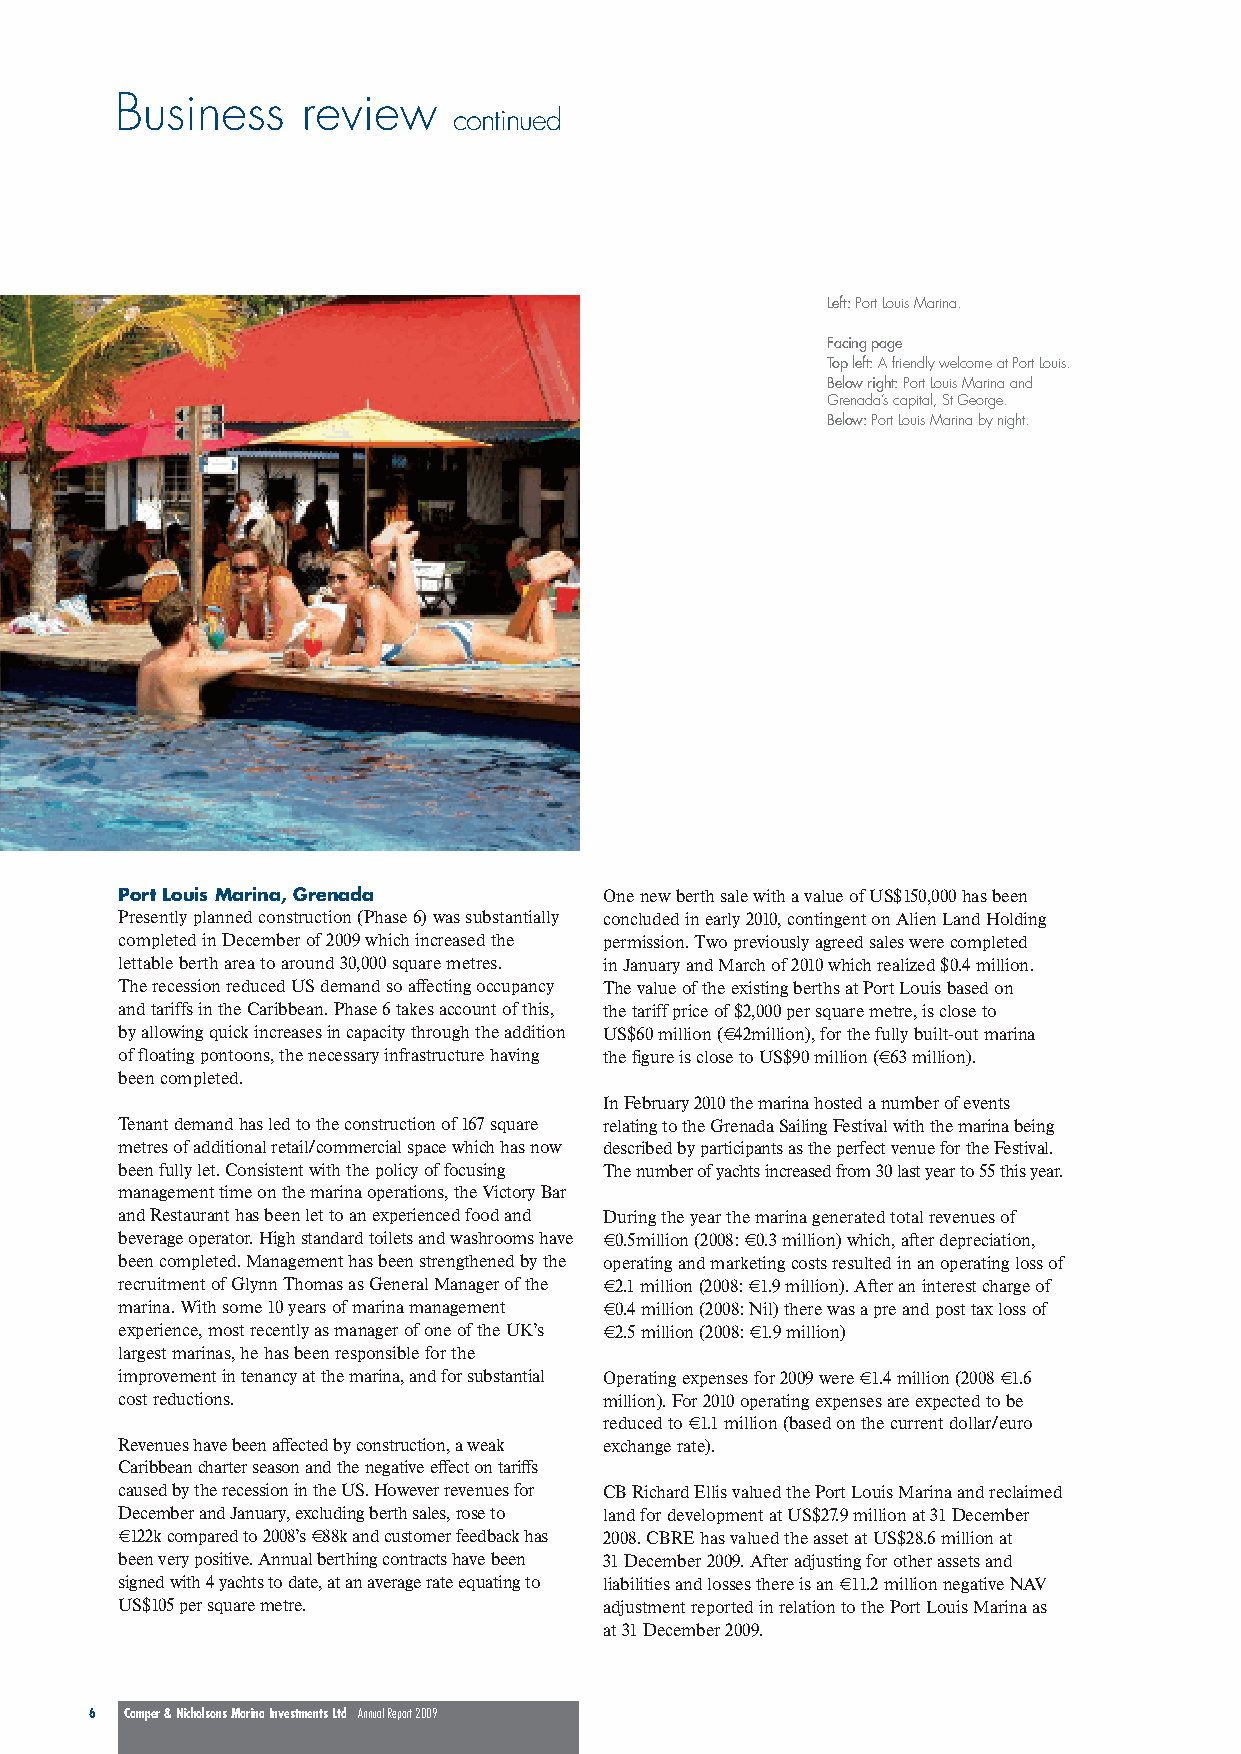
Business    review
 continued
 Left:Port Louis Marina.
 Facing page
 Top left:A friendly welcome at Port Louis.
 Below right:Port Louis Marina and
 Grenada’s capital, St George.
 Below: Port Louis Marina by night.
 Port Louis Marina, Grenada      One new berth sale with a value of US$150,000 has been
 Presently planned construction (Phase 6) was substantially concluded in early 2010, contingent on Alien Land Holding
 completed in December of 2009 which increased the permission. Two previously agreed sales were completed
 lettable berth area to around 30,000 square metres. in January and March of 2010 which realized $0.4 million.
 The recession reduced US demand so affecting occupancy The value of the existing berths at Port Louis based on
 and tariffs in the Caribbean. Phase 6 takes account of this, the tariff price of $2,000 per square metre, is close to
 by allowing quick increases in capacity through the addition US$60 million (€42million), for the fully built-out marina
 of floating pontoons, the necessary infrastructure having the figure is close to US$90 million (€63 million).
 been completed.
 In February 2010 the marina hosted a number of events
 Tenant demand has led to the construction of 167 square relating to the Grenada Sailing Festival with the marina being
 metres of additional retail/commercial space which has now described by participants as the perfect venue for the Festival.
 been fully let. Consistent with the policy of focusing Thenumberofyachtsincreasedfrom30lastyearto55thisyear.
 management time on the marina operations, the Victory Bar
 and Restaurant has been let to an experienced food and During the year the marina generated total revenues of
 beverage operator. High standard toilets and washrooms have €0.5million (2008: €0.3 million) which, after depreciation,
 been completed. Management has been strengthened by the operating and marketing costs resulted in an operating loss of
 recruitment of Glynn Thomas as General Manager of the €2.1 million (2008: €1.9 million). After an interest charge of
 marina. With some 10 years of marina management €0.4 million (2008: Nil) there was a pre and post tax loss of
 experience, most recently as manager of one of the UK’s €2.5 million (2008: €1.9 million)
 largest marinas, he has been responsible for the
 improvement in tenancy at the marina, and for substantial Operating expenses for 2009 were €1.4 million (2008 €1.6
 cost reductions.                million). For 2010 operating expenses are expected to be
 reduced to €1.1 million (based on the current dollar/euro
 Revenues have been affected by construction, a weak exchange rate).
 Caribbean charter season and the negative effect on tariffs
 caused by the recession in the US. However revenues for CB Richard Ellis valued the Port Louis Marina and reclaimed
 December and January, excluding berth sales, rose to land for development at US$27.9 million at 31 December
 €122k compared to 2008’s €88k and customer feedback has 2008. CBRE has valued the asset at US$28.6 million at
 been very positive. Annual berthing contracts have been 31 December 2009. After adjusting for other assets and
 signed with 4 yachts to date, at an average rate equating to liabilities and losses there is an €11.2 million negative NAV
 US$105 per square metre.        adjustment reported in relation to the Port Louis Marina as
 at 31 December 2009.
 6 Camper & Nicholsons Marina Investments Ltd Annual Report 2009